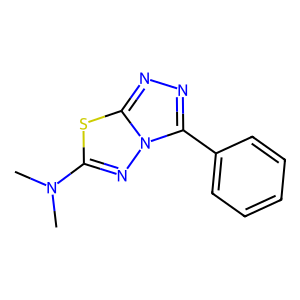
SMILES: CN(C)c1nn2c(-c3ccccc3)nnc2s1
Inhibits HIV replication: No